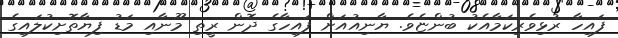
ފައިހާ ރުޅިވެރިކަމާއެކު ބުންޏެވެ. ޔާނިއުއަށް ފައިހާގެ ދޮން ރީތި މޫނާއި މަޑު ފިޔާތޮށިކުލައިގެ